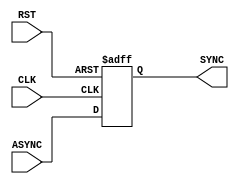
module BIT_SYNC #(
    parameter NUM_STAGES = 1,
    parameter BUS_WIDTH = 1
) (
    input wire [BUS_WIDTH-1:0] ASYNC,
    input wire CLK, RST,
    output wire [BUS_WIDTH-1:0]  SYNC
);

reg [BUS_WIDTH-1:0] Multi_Flop [0:NUM_STAGES-1];
integer Counter;

assign SYNC = Multi_Flop[NUM_STAGES-1];

always @(posedge CLK or negedge RST) 
begin
    if(!RST)
    begin
        for (Counter = 0; Counter<NUM_STAGES ; Counter = Counter+1) 
        begin
            Multi_Flop[Counter] <= 'b0;
        end
    end    
    else
    begin

        Multi_Flop[0] <= ASYNC;
        for (Counter = 1; Counter<NUM_STAGES ; Counter = Counter+1) 
        begin
            Multi_Flop[Counter] <= Multi_Flop[Counter-1];
        end
    end
end
    
endmodule